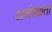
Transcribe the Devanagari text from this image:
असंलग्नता